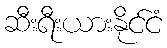
ဆီးရီးယားနိုင်ငံ